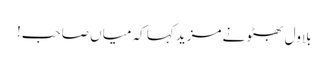
بلاول بھٹو نے مزید کہا کہ میاں صاحب!